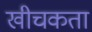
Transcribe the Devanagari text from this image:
खीचकता